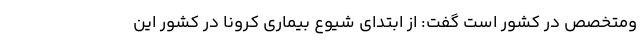
و‌متخصص در کشور است گفت: از ابتدای شیوع بیماری کرونا در کشور این